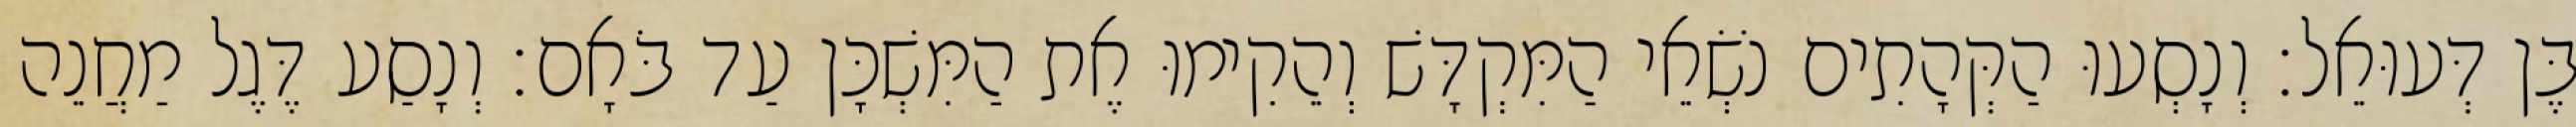
בֶּן דְּעוּאֵל׃ וְנָסְעוּ הַקְּהָתִים נֹשְׂאֵי הַמִּקְדָּשׁ וְהֵקִימוּ אֶת הַמִּשְׁכָּן עַד בֹּאָם׃ וְנָסַע דֶּגֶל מַחֲנֵה